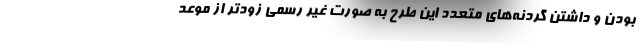
بودن و داشتن گردنه‌های متعدد این طرح به صورت غیر رسمی زودتر از موعد